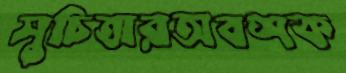
সুচিত্রারঅবশক